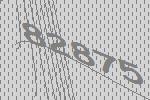
82875